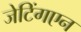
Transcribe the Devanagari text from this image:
जेटिंगएन